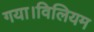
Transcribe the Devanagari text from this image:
गया।विलियम